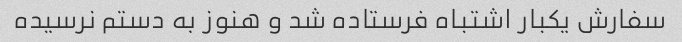
سفارش یکبار اشتباه فرستاده شد و هنوز به دستم نرسیده